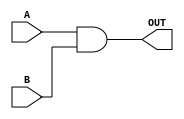

module MY_AND (A,B,OUT);
  input A,B;
  output reg OUT;
  always @ ( * ) begin
    OUT=A&B;
  end
endmodule // MY_AND